Indian journal of veterinary science and animal husbandry - Volume 7,
Year: 1937
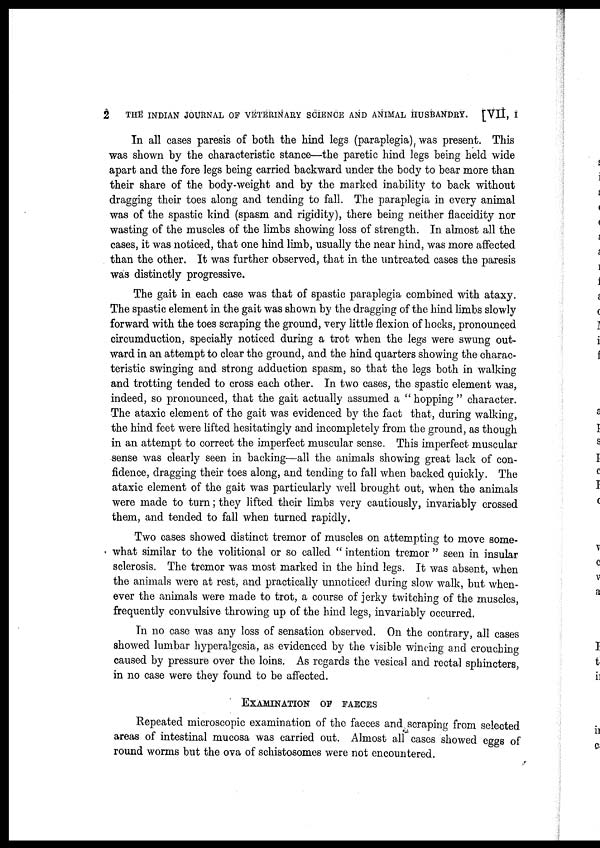
2
THE INDIAN JOURNAL OF VETERINARY SCIENCE AND ANIMAL HUSBANDRY.
[VII, I
In all cases paresis of both the hind legs (paraplegia) was present. This
was shown by the characteristic stance—the paretic hind legs being held wide
apart and the fore legs being carried backward under the body to bear more than
their share of the body-weight and by the marked inability to back without
dragging their toes along and tending to fall. The paraplegia in every animal
was of the spastic kind (spasm and rigidity), there being neither flaccidity nor
wasting of the muscles of the limbs showing loss of strength. In almost all the
cases, it was noticed, that one hind limb, usually the near hind, was more affected
than the other. It was further observed, that in the untreated cases the paresis
was distinctly progressive.
The gait in each case was that of spastic paraplegia combined with ataxy.
The spastic element in the gait was shown by the dragging of the hind limbs slowly
forward with the toes scraping the ground, very little flexion of hocks, pronounced
circumduction, specially noticed during a trot when the legs were swung out-
ward in an attempt to clear the ground, and the hind quarters showing the charac-
teristic swinging and strong adduction spasm, so that the legs both in walking
and trotting tended to cross each other. In two cases, the spastic element was,
indeed, so pronounced, that the gait actually assumed a " hopping " character.
The ataxic element of the gait was evidenced by the fact that, during walking,
the hind feet were lifted hesitatingly and incompletely from the ground, as though
in an attempt to correct the imperfect muscular sense. This imperfect muscular
sense was clearly seen in backing—all the animals showing great lack of con-
fidence, dragging their toes along, and tending to fall when backed quickly. The
ataxic element of the gait was particularly well brought out, when the animals
were made to turn; they lifted their limbs very cautiously, invariably crossed
them, and tended to fall when turned rapidly.
Two cases showed distinct tremor of muscles on attempting to move some-
what similar to the volitional or so called " intention tremor " seen in insular
sclerosis. The tremor was most marked in the hind legs. It was absent, when
the animals were at rest, and practically unnoticed during slow walk, but when-
ever the animals were made to trot, a course of jerky twitching of the muscles,
frequently convulsive throwing up of the hind legs, invariably occurred.
In no case was any loss of sensation observed. On the contrary, all cases
showed lumbar hyperalgesia, as evidenced by the visible wincing and crouching
caused by pressure over the loins. As regards the vesical and rectal sphincters,
in no case were they found to be affected.
EXAMINATION OF FAECES
Repeated microscopic examination of the faeces and scraping from selected
areas of intestinal mucosa was carried out. Almost all cases showed eggs of
round worms but the ova of schistosomes were not encountered.